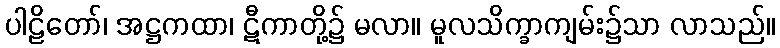
ပါဠိတော်၊ အဋ္ဌကထာ၊ ဋီကာတို့၌ မလာ။ မူလသိက္ခာကျမ်း၌သာ လာသည်။